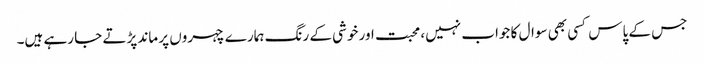
جس کے پاس کسی بھی سوال کا جواب نہیں، محبت اور خوشی کے رنگ ہمارے چہروں پر ماند پڑتے جا رہے ہیں۔